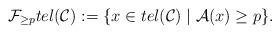
LaTeX: \begin{align*}\mathcal{F}_{\geq p} tel(\mathcal{C}):= \lbrace x\in tel(\mathcal{C})\mid \mathcal{A}(x)\geq p\rbrace.\end{align*}